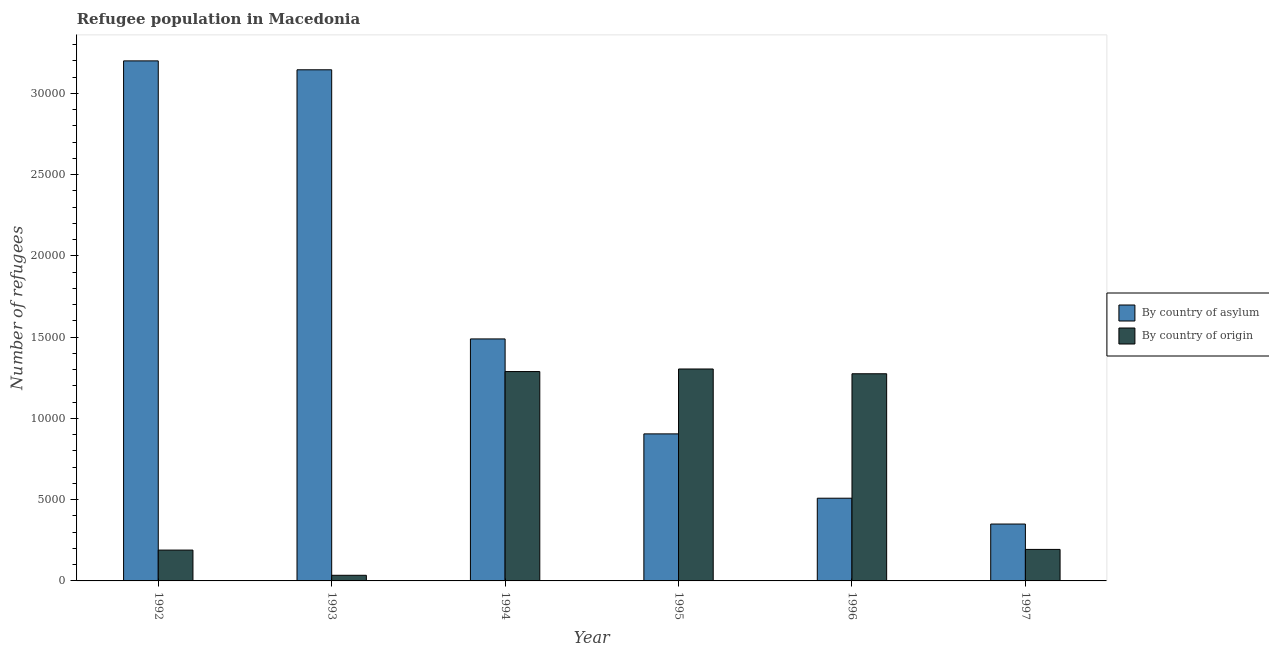
| Year | By country of asylum | By country of origin |
 | --- | --- | --- |
 | 1992 | 3.2e+04 | 1.9e+03 |
 | 1993 | 3.15e+04 | 347 |
 | 1994 | 1.49e+04 | 1.29e+04 |
 | 1995 | 9.05e+03 | 1.3e+04 |
 | 1996 | 5.09e+03 | 1.27e+04 |
 | 1997 | 3.5e+03 | 1.94e+03 |